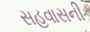
સહવાસની